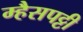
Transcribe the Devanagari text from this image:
म्हैसपट्टी